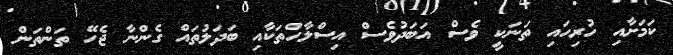
ކަމަށާއި ހުރިހައި ތަނަކީ ވެސް އަބަދުވެސް އިސްލާހްތަކާއި ބަދަލުތައް ގެންނާ ޖެހޭ ތަންތަން